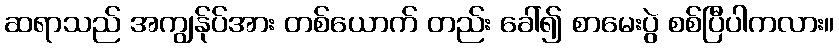
ဆရာသည် အကျွန်ုပ်အား တစ်ယောက် တည်း ခေါ်၍ စာမေးပွဲ စစ်ပြီပါကလား။